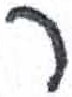
אות: ר